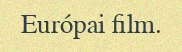
Európai film.